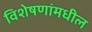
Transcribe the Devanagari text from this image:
विशेषणांमधील